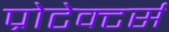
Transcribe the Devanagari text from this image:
प्रोटेक्टर्स